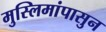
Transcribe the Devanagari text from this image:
मुस्लिमांपासुन